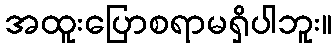
အထူးပြောစရာမရှိပါဘူး။